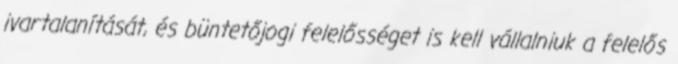
ivartalanítását, és büntetőjogi felelősséget is kell vállalniuk a felelős